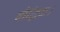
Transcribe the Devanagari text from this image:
बौद्धिक।